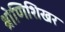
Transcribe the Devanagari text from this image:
श्रोणिशिखर